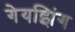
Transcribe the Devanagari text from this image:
गेयझिंग